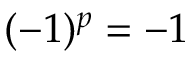
( - 1 ) ^ { p } = - 1